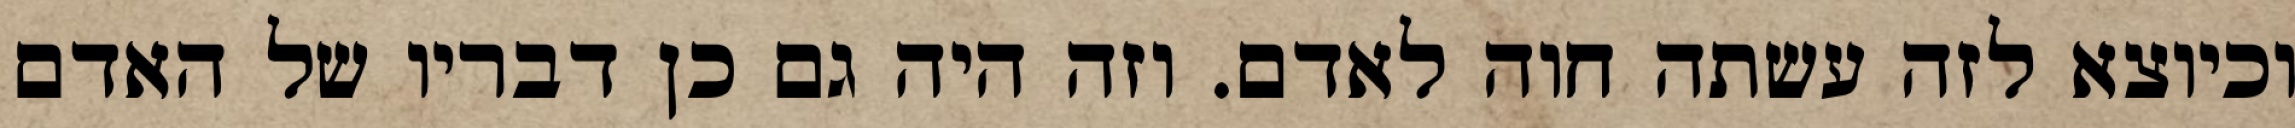
וכיוצא לזה עשתה חוה לאדם. וזה היה גם כן דבריו של האדם